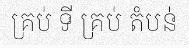
គ្រប់ ទី គ្រប់ តំបន់